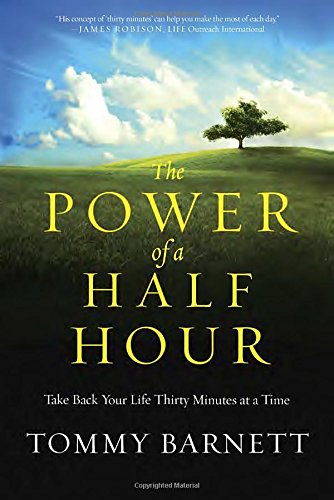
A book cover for The Power of a Half Hour: Take Back Your Life Thirty Minutes at a Time; Tommy Barnett; Self-Help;